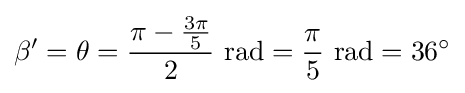
\beta '=\theta ={\pi -{3\pi  \over 5} \over 2}~{\text{rad}}={\pi  \over 5}~{\text{rad}}=36^{\circ }